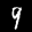
Label: 9